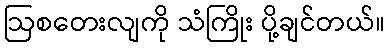
ဩစတေးလျကို သံကြိုး ပို့ချင်တယ်။